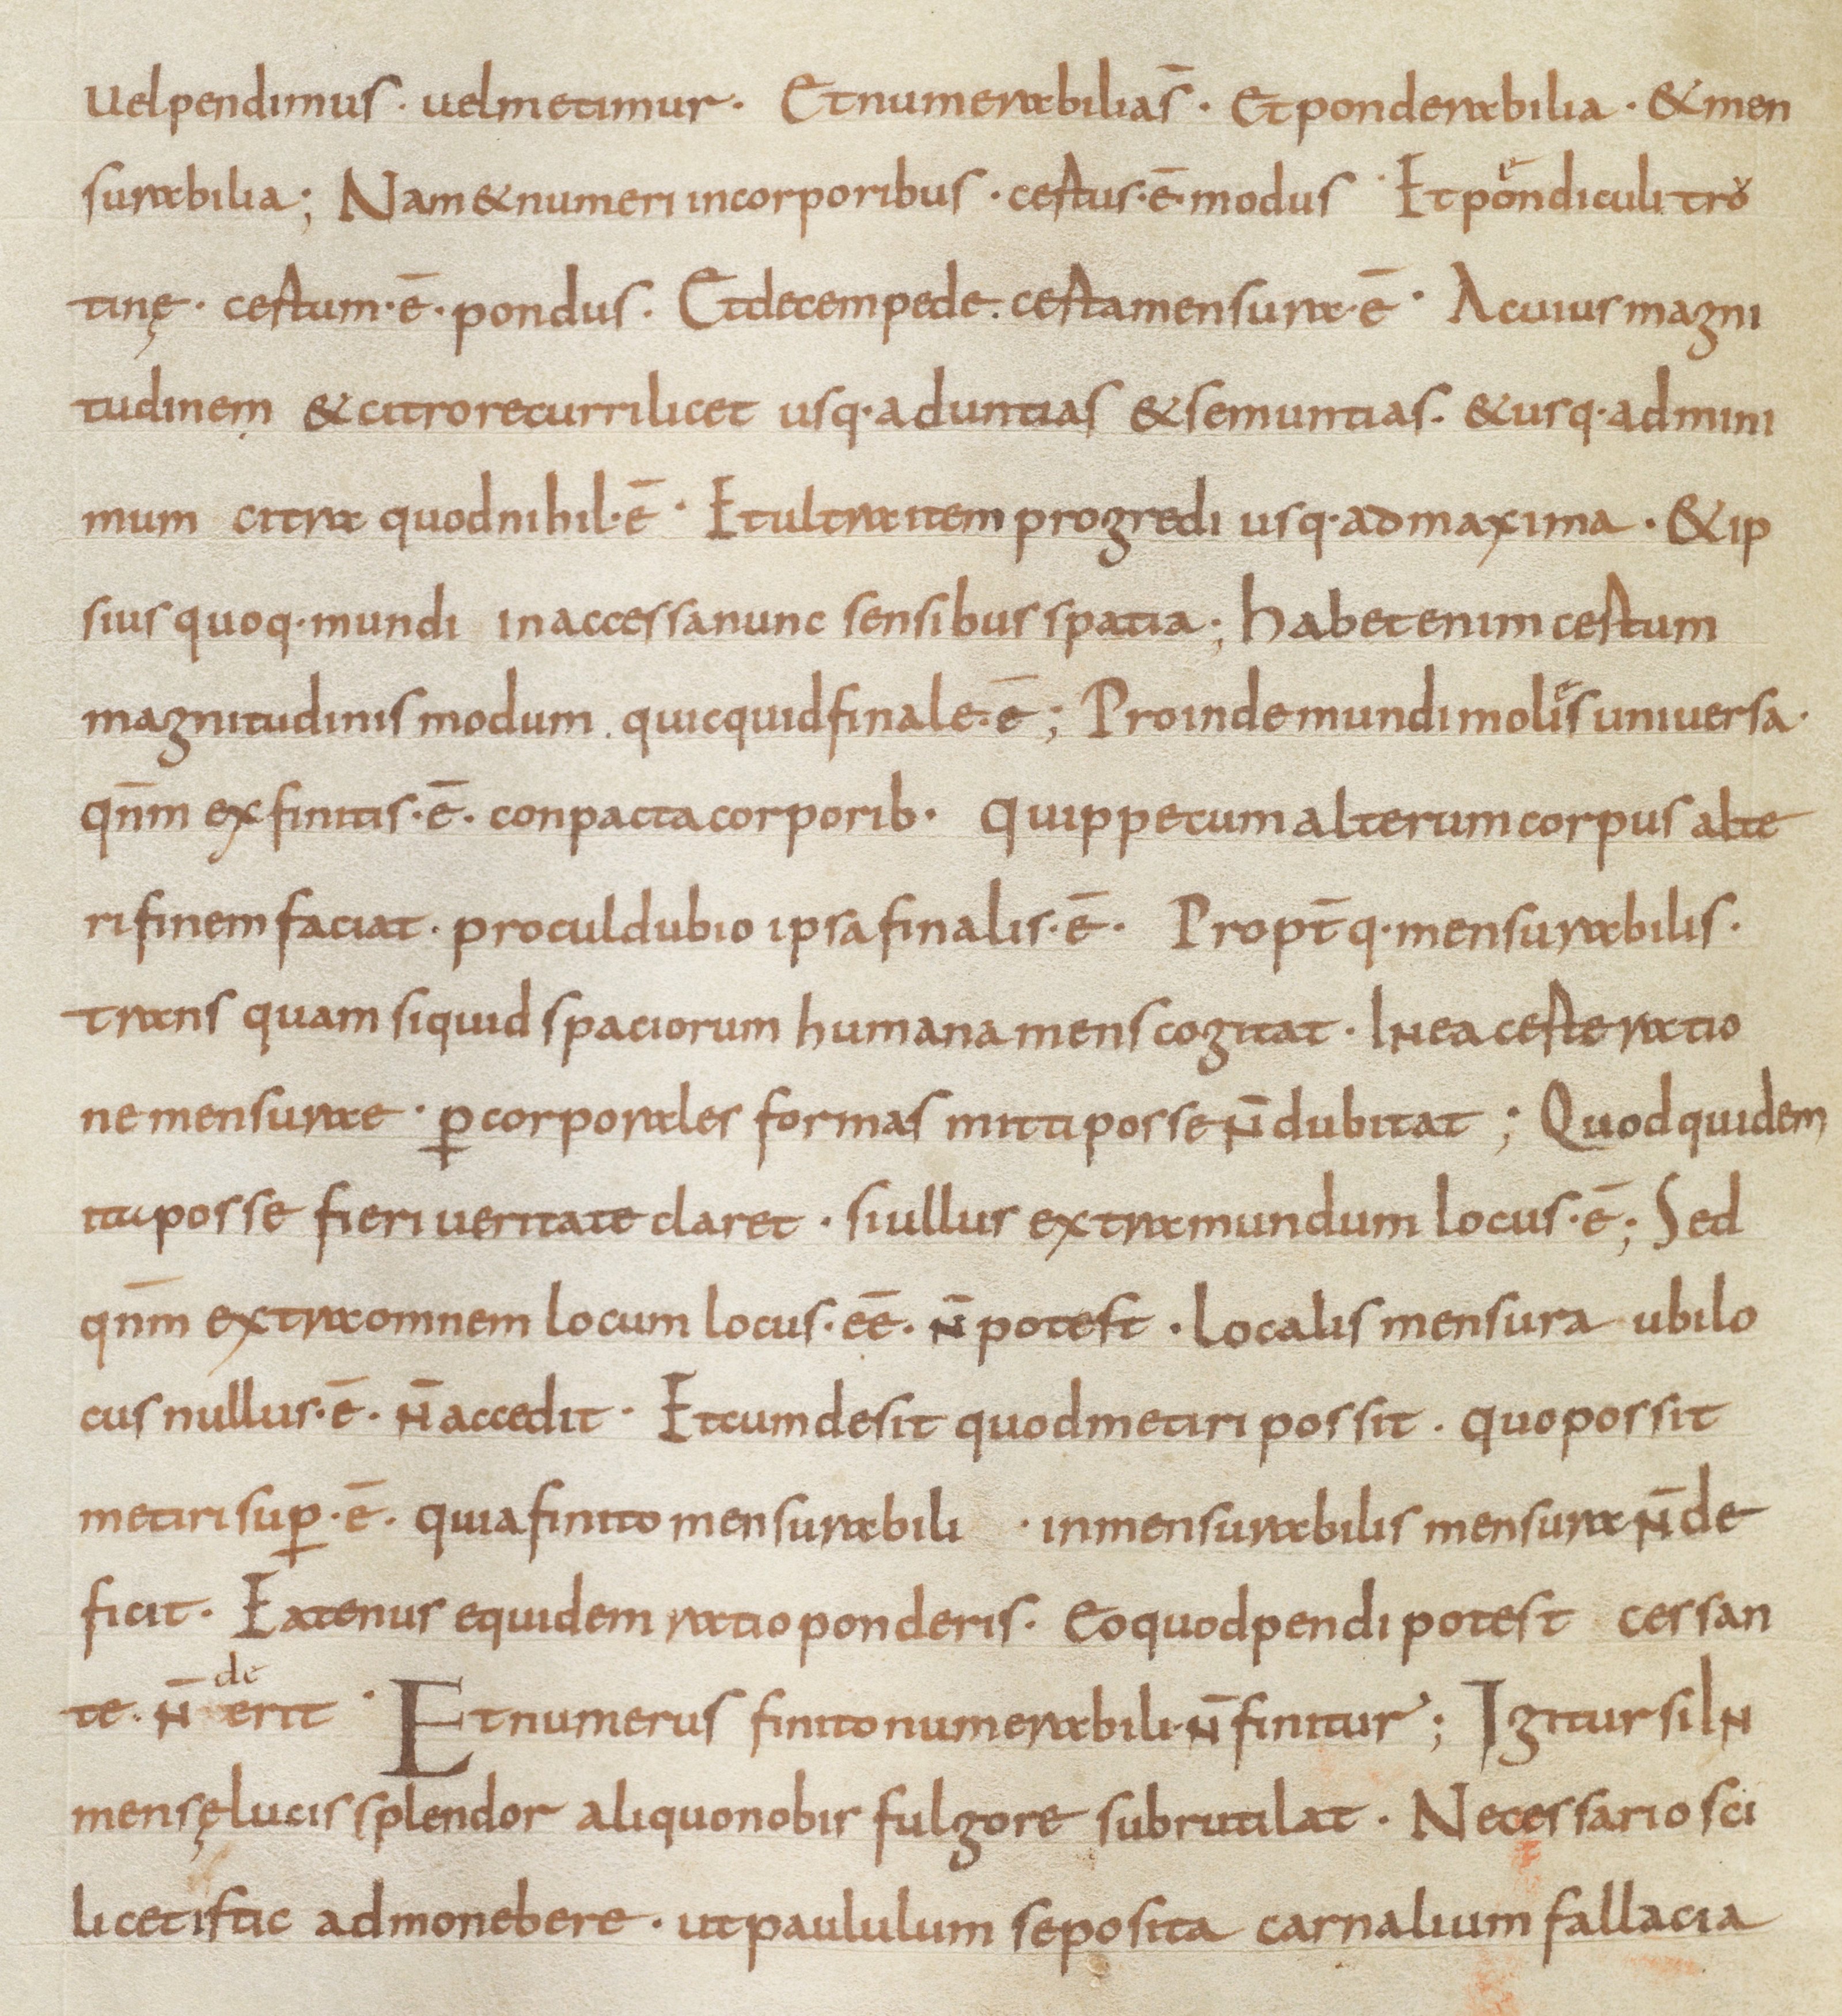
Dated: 850–874